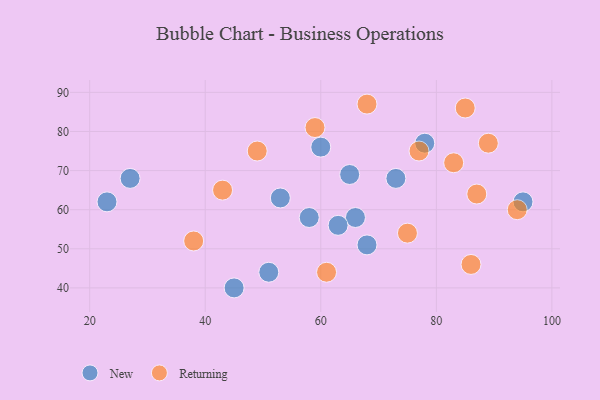
{"axis": {"x": "GDP", "y": "Life Expectancy"}, "legend": ["New", "Returning"], "data": [{"x": "78", "y": 77, "type": "New"}, {"x": "51", "y": 44, "type": "New"}, {"x": "68", "y": 51, "type": "New"}, {"x": "23", "y": 62, "type": "New"}, {"x": "45", "y": 40, "type": "New"}, {"x": "73", "y": 68, "type": "New"}, {"x": "65", "y": 69, "type": "New"}, {"x": "95", "y": 62, "type": "New"}, {"x": "60", "y": 76, "type": "New"}, {"x": "66", "y": 58, "type": "New"}, {"x": "63", "y": 56, "type": "New"}, {"x": "58", "y": 58, "type": "New"}, {"x": "53", "y": 63, "type": "New"}, {"x": "27", "y": 68, "type": "New"}, {"x": "38", "y": 52, "type": "Returning"}, {"x": "49", "y": 75, "type": "Returning"}, {"x": "77", "y": 75, "type": "Returning"}, {"x": "61", "y": 44, "type": "Returning"}, {"x": "85", "y": 86, "type": "Returning"}, {"x": "75", "y": 54, "type": "Returning"}, {"x": "89", "y": 77, "type": "Returning"}, {"x": "94", "y": 60, "type": "Returning"}, {"x": "68", "y": 87, "type": "Returning"}, {"x": "83", "y": 72, "type": "Returning"}, {"x": "59", "y": 81, "type": "Returning"}, {"x": "87", "y": 64, "type": "Returning"}, {"x": "43", "y": 65, "type": "Returning"}, {"x": "86", "y": 46, "type": "Returning"}]}